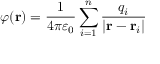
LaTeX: \varphi \mathbf { ( r ) } = { \frac { 1 } { 4 \pi \varepsilon _ { 0 } } } \sum _ { i = 1 } ^ { n } { \frac { q _ { i } } { \left| \mathbf { r } - \mathbf { r } _ { i } \right| } }